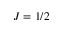
J = 1 / 2